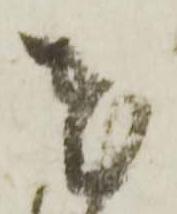
慶